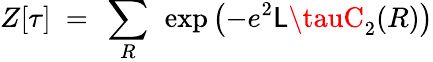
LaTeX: Z[\tau]~=~\sum_{R}~\exp\left(-e^{2}\mathsf{L}\tauC_{2}(R)\right)